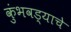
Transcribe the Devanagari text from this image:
कुंभवड्याचे